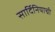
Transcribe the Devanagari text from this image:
सार्दिनियाची